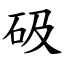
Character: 砐